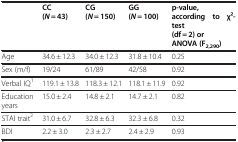
|  | CC (N = 43) | CG (N = 150) | GG (N = 100) | p-value, according to χ2-test (df = 2) or ANOVA (F2,290) |
 | --- | --- | --- | --- | --- |
 | Age | 34.6 ± 12.3 | 34.0 ± 12.3 | 31.8 ± 10.4 | 0.25 |
 | Sex (m/f) | 19/24 | 61/89 | 42/58 | 0.92 |
 | Verbal IQ1 | 119.1 ± 13.8 | 118.3 ± 12.1 | 118.1 ± 11.9 | 0.92 |
 | Education years | 15.0 ± 2.4 | 14.8 ± 2.1 | 14.7 ± 2.1 | 0.82 |
 | STAI trait2 | 31.0 ± 6.7 | 32.8 ± 6.3 | 32.3 ± 6.8 | 0.32 |
 | BDI | 2.2 ± 3.0 | 2.3 ± 2.7 | 2.4 ± 2.9 | 0.93 |